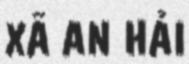
XÃ AN HẢI